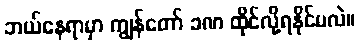
ဘယ်နေရာမှာ ကျွန်တော် ခဏ ထိုင်လို့ရနိုင်မလဲ။